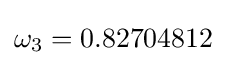
\omega _{3}=0.82704812